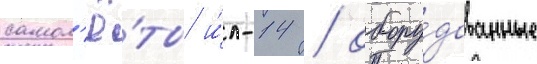
самол'ё́ты и́л-14 / обору́дованные